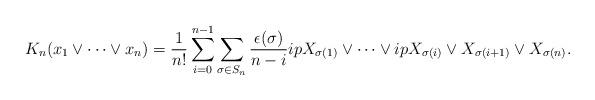
LaTeX: \begin{align*}K_n(x_1\vee\cdots\vee x_n)=\frac{1}{n!} \sum_{i=0}^{n-1}\sum_{\sigma\in S_n}\frac{\epsilon(\sigma)}{n-i}ipX_{\sigma(1)}\vee\cdots\vee ipX_{\sigma(i)}\vee X_{\sigma(i+1)}\vee X_{\sigma(n)}.\end{align*}